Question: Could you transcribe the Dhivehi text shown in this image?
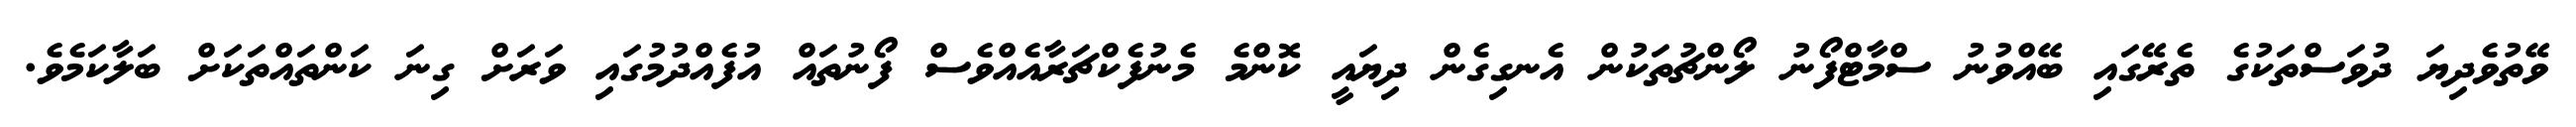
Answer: ވޭތުވެދިޔަ ދުވަސްތަކުގެ ތެރޭގައި ބޭއްވުނު ސްމާޓްފޯނު ލޯންޗުތަކުން އެނގިގެން ދިޔައީ ކޮންމެ މެނުފެކްޗަރާއެއްވެސް ފޯނުތައް އުފެއްދުމުގައި ވަރަށް ގިނަ ކަންތައްތަކަށް ބަލާކަމެވެ.